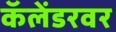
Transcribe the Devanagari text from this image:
कॅलेंडरवर